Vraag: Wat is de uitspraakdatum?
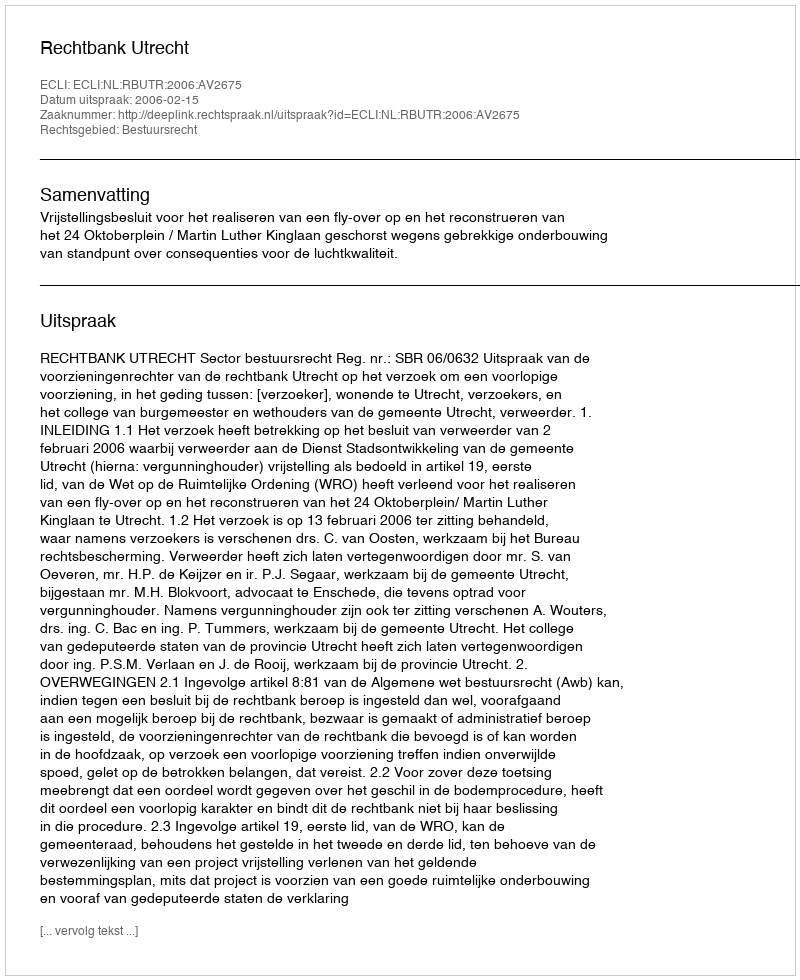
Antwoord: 2006-02-15